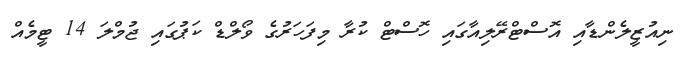
ނިއުޒީލެންޑާއި އޮސްޓްރޭލިއާގައި ހޮސްޓް ކުރާ މިފަހަރުގެ ވޯލްޑް ކަޕުގައި ޖުމްލަ 14 ޓީމެއް